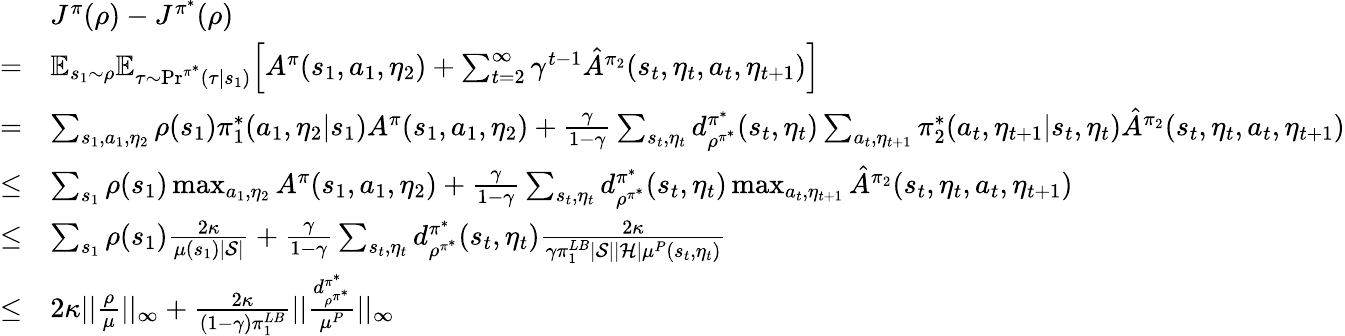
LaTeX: \begin{array}{rl}&{J^{\pi}(\rho)-J^{\pi^{*}}(\rho)}\\ {=}&{\mathbb{E}_{s_{1}\sim\rho}\mathbb{E}_{\tau\sim\mathrm{Pr}^{\pi^{*}}(\tau|s_{1})}\Big[A^{\pi}(s_{1},a_{1},\eta_{2})+\sum_{t=2}^{\infty}\gamma^{t-1}\hat{A}^{\pi_{2}}(s_{t},\eta_{t},a_{t},\eta_{t+1})\Big]}\\ {=}&{\sum_{s_{1},a_{1},\eta_{2}}\rho(s_{1})\pi_{1}^{*}(a_{1},\eta_{2}|s_{1})A^{\pi}(s_{1},a_{1},\eta_{2})+\frac{\gamma}{1-\gamma}\sum_{s_{t},\eta_{t}}d_{\rho^{\pi^{*}}}^{\pi^{*}}(s_{t},\eta_{t})\sum_{a_{t},\eta_{t+1}}\pi_{2}^{*}(a_{t},\eta_{t+1}|s_{t},\eta_{t})\hat{A}^{\pi_{2}}(s_{t},\eta_{t},a_{t},\eta_{t+1})}\\ {\le}&{\sum_{s_{1}}\rho(s_{1})\operatorname*{max}_{a_{1},\eta_{2}}A^{\pi}(s_{1},a_{1},\eta_{2})+\frac{\gamma}{1-\gamma}\sum_{s_{t},\eta_{t}}d_{\rho^{\pi^{*}}}^{\pi^{*}}(s_{t},\eta_{t})\operatorname*{max}_{a_{t},\eta_{t+1}}\hat{A}^{\pi_{2}}(s_{t},\eta_{t},a_{t},\eta_{t+1})}\\ {\le}&{\sum_{s_{1}}\rho(s_{1})\frac{2\kappa}{\mu(s_{1})|\mathcal{S}|}+\frac{\gamma}{1-\gamma}\sum_{s_{t},\eta_{t}}d_{\rho^{\pi^{*}}}^{\pi^{*}}(s_{t},\eta_{t})\frac{2\kappa}{\gamma\pi_{1}^{LB}|\mathcal{S}||\mathcal{H}|\mu^{P}(s_{t},\eta_{t})}}\\ {\le}&{2\kappa||\frac{\rho}{\mu}||_{\infty}+\frac{2\kappa}{(1-\gamma)\pi_{1}^{LB}}||\frac{d_{\rho^{\pi^{*}}}^{\pi^{*}}}{\mu^{P}}||_{\infty}}\end{array}